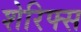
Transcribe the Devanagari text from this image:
शेरिफ्स